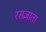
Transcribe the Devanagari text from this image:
रसज्ञाता